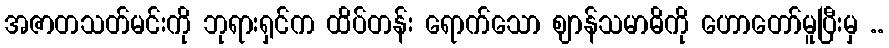
အဇာတသတ်မင်းကို ဘုရားရှင်က ထိပ်တန်း ရောက်သော ဈာန်သမာဓိကို ဟောတော်မူပြီးမှ ..